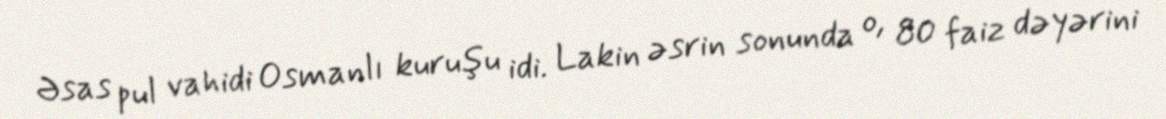
Əsas pul vahidi Osmanlı kuruşu idi. Lakin əsrin sonunda o, 80 faiz dəyərini